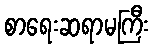
စာရေးဆရာမကြီး